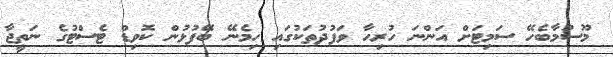
މޫސުމާބެހޭ ސަމިޓަށް އަންނަ ހުރިހާ ވަފުދުތަކުގައި ހިމެނޭ ބޭފުޅުން ކޮވިޑް ޓެސްޓުގެ ނަތީޖާ